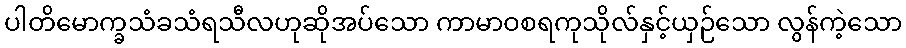
ပါတိမောက္ခသံခသံရသီလဟုဆိုအပ်သော ကာမာဝစရကုသိုလ်နှင့်ယှဉ်သော လွန်ကဲ့သော